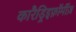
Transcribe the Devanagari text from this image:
कारैड्रिइफ़ॉर्मीज़